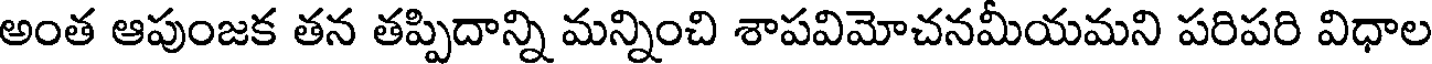
అంత ఆపుంజక తన తప్పిదాన్ని మన్నించి శాపవిమోచనమీయమని పరిపరి విధాల